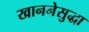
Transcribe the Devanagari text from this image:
खाननेसुद्धा